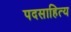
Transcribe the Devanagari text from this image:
पदसाहित्य